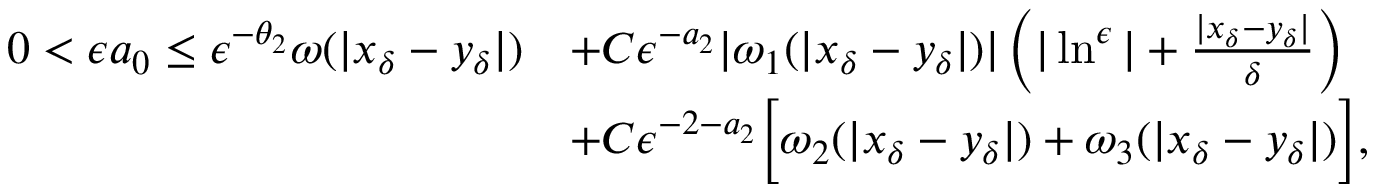
\begin{array} { r l } { 0 < \epsilon a _ { 0 } \leq \epsilon ^ { - \theta _ { 2 } } \omega ( | x _ { \delta } - y _ { \delta } | ) } & { + C \epsilon ^ { - a _ { 2 } } | \omega _ { 1 } ( | x _ { \delta } - y _ { \delta } | ) | \left( | \ln ^ { \epsilon } | + \frac { | x _ { \delta } - y _ { \delta } | } { \delta } \right) } \\ & { + C \epsilon ^ { - 2 - a _ { 2 } } \bigg [ \omega _ { 2 } ( | x _ { \delta } - y _ { \delta } | ) + \omega _ { 3 } ( | x _ { \delta } - y _ { \delta } | ) \bigg ] , } \end{array}